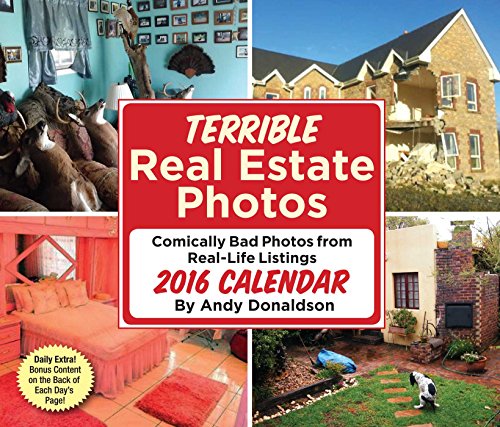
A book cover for Terrible Real Estate Photos 2016 Day-to-Day Calendar; Andy Donaldson; Calendars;